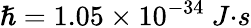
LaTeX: \hslash=1.05\times{10}^{-34}{\ J}{\cdot}{s}